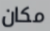
مكان